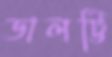
ডালট্টি